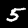
Label: 5